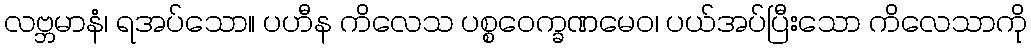
လဗ္ဘမာနံ၊ ရအပ်သော။ ပဟီန ကိလေသ ပစ္စဝေက္ခဏမေဝ၊ ပယ်အပ်ပြီးသော ကိလေသာကို